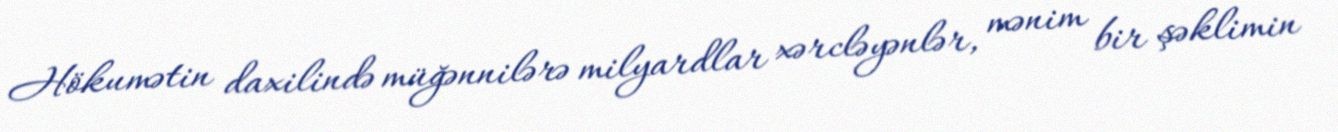
Hökumətin daxilində müğənnilərə milyardlar xərcləyənlər, mənim bir şəklimin